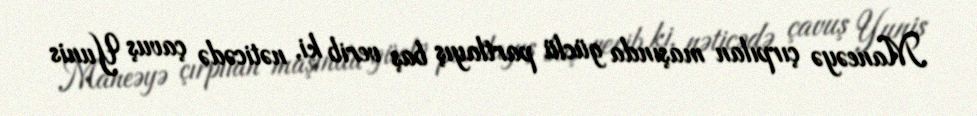
Maneəyə çırpılan maşında güclü partlayış baş verib ki, nəticədə çavuş Yunis